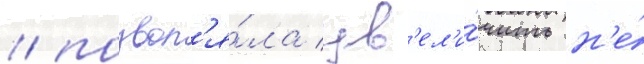
/ позвол'я́ла ув'ел'и́чить н'е́